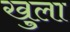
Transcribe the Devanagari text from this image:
खु्ला